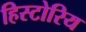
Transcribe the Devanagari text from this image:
हिस्टोरिय